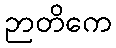
ဉာတိကေ